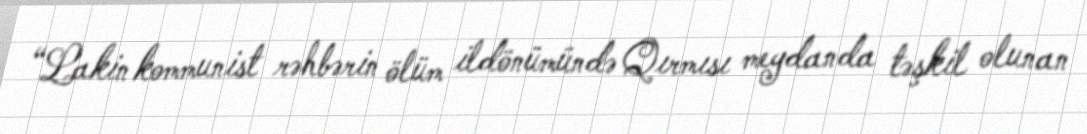
“Lakin kommunist rəhbərin ölüm ildönümündə Qırmısı meydanda təşkil olunan